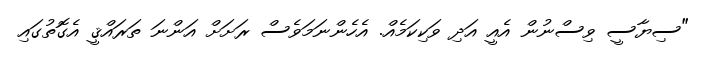
"ސިޔާސީ ވިސްނުން އެއީ އަދި ވަކިކަމެއް. އެހެންނަމަވެސް ރަށަށް އަންނަ ތަރައްޤީ އެގޮތުގައި